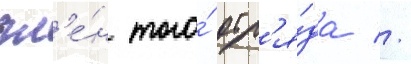
чл'е́н того́ отр'я́да //